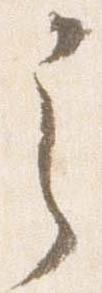
之